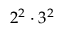
2 ^ { 2 } \cdot 3 ^ { 2 }